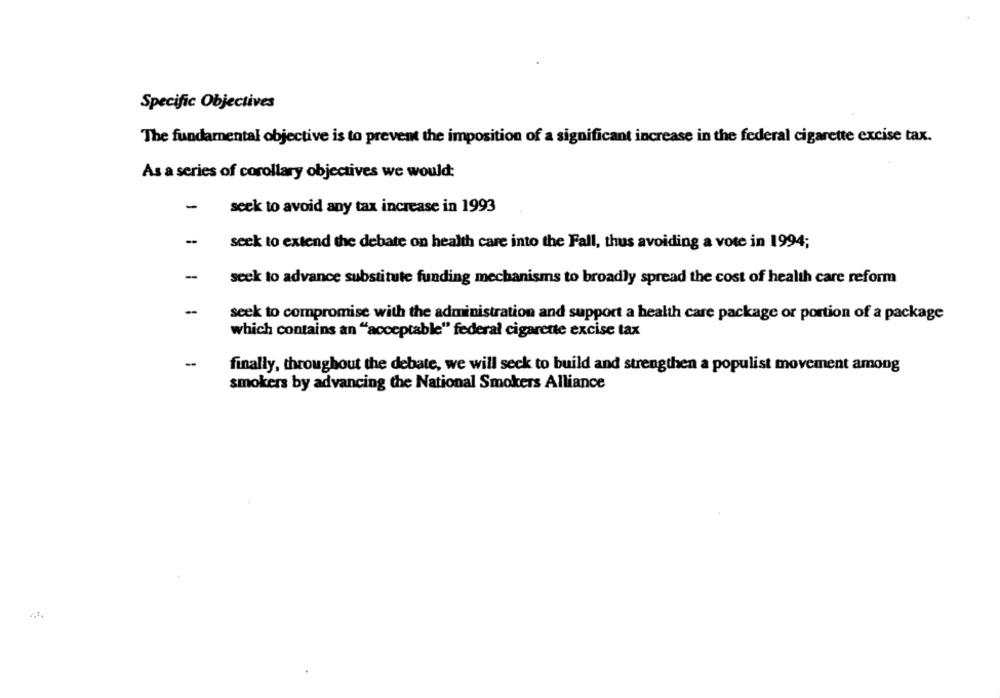
Specific Objectives
The fundamental objective is to prevent the imposition of a significant increase in the federal cigarette excise tax.
As a series of corollary objectives we would:
-
seek to avoid any tax increase in 1993
seek to extend the debate on health care into the Fall, thus avoiding a vote in 1994;
-
seek to advance substitute funding mechanisms to broadly spread the cost of health care reform
seek to compromise with the administration and support a health care package or portion of a package
which contains an "acceptable" federal cigarette excise tax
-
finally, throughout the debate, we will seck to build and strengthen a populist movement among
smokers by advancing the National Smokers Alliance